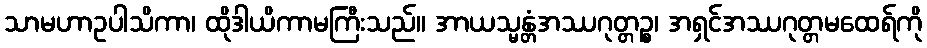
သာမဟာဥပါသိကာ၊ ထိုဒါယိကာမကြီးသည်။ အာယသ္မန္တံအဿဂုတ္တဉ္စ၊ အရှင်အဿဂုတ္တမထေရ်ကို